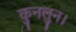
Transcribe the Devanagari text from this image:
कुनलुन।